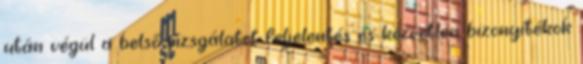
után végül a belső vizsgálatot feljelentés és közvetlen bizonyítékok